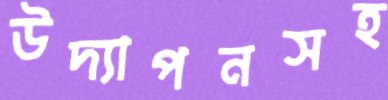
উদ্যাপনসহ